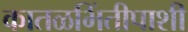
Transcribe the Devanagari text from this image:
कातळभिंतीपाशी